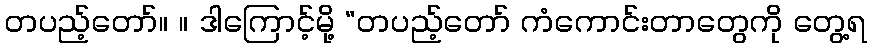
တပည့်တော်။ ။ ဒါကြောင့်မို့ “တပည့်တော် ကံကောင်းတာတွေကို တွေ့ရ